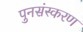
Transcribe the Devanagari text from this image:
पुनसंस्करण